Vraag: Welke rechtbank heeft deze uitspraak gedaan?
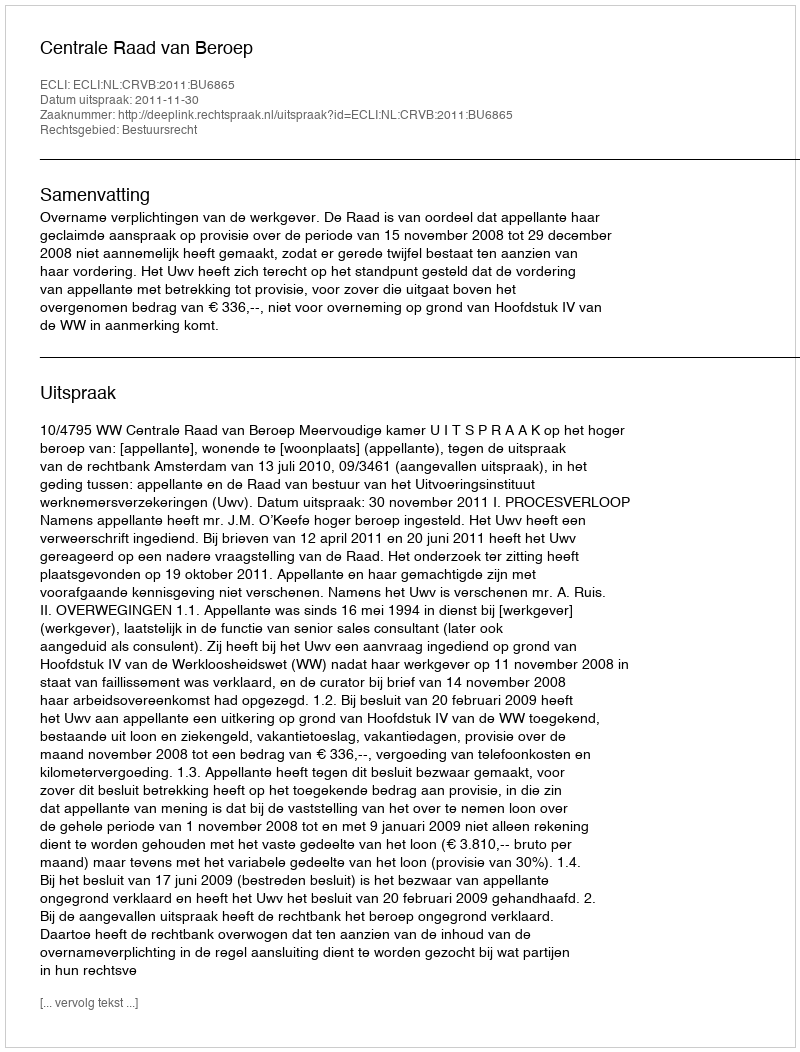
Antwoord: Centrale Raad van Beroep